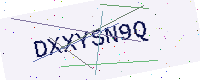
Text: DXXYSN9Q